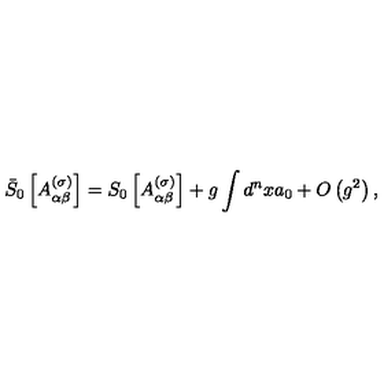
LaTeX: \bar { S } _ { 0 } \left[ A _ { \alpha \beta } ^ { ( \sigma ) } \right] = S _ { 0 } \left[ A _ { \alpha \beta } ^ { ( \sigma ) } \right] + g \int d ^ { n } x a _ { 0 } + O \left( g ^ { 2 } \right) ,